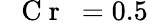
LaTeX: \mathrm{~\textit~{~C~r~}~}{}=0.5